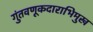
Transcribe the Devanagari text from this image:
गुंतवणूकदाराभिमुख